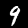
Digit: 9